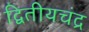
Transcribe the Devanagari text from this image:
द्वितीयचंद्र